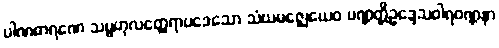
ပါဏဓာရဏေ သမ္ဗဟုလတ္ထေရာပဒေသော သံဃမဇ္ဈေယေဝ ပဏ္ဏတ္တိဥဒ္ဒေသဝါရဝဏ္ဏနာ